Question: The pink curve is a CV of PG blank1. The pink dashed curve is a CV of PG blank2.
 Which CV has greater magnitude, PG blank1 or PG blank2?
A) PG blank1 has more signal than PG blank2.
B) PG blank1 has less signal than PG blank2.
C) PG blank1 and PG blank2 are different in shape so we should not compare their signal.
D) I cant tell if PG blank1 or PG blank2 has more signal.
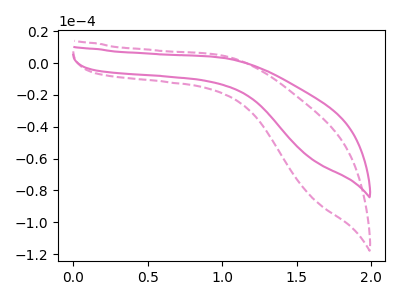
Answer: <think>The pink curve "PG blank1" has no peaks. The pink dashed curve "PG blank2" has no peaks.
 Neither "PG blank1" or "PG blank2" have any peaks.</think>
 <answer>D) I cant tell if "PG blank1" or "PG blank2" has more signal.</answer>
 <eval>D</eval>